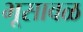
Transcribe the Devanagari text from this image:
भूसावळ